On the standardisation of anti-typhoid vaccine - Number 21
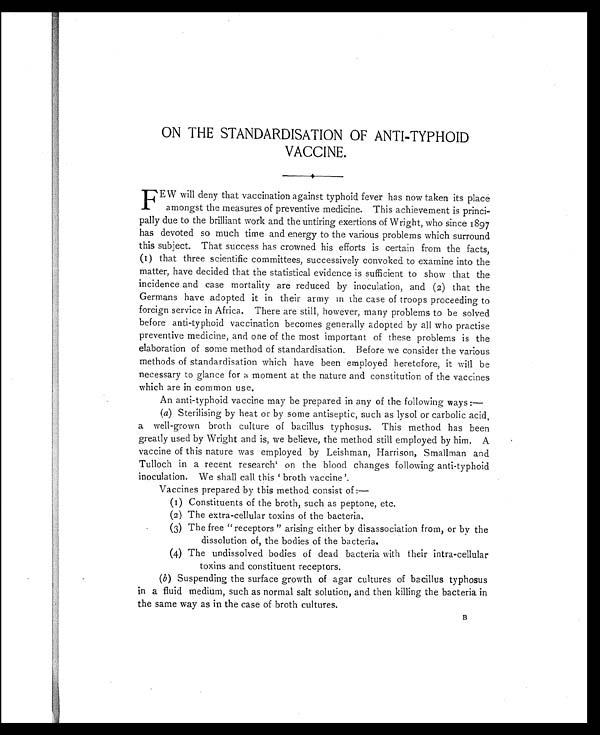
ON THE STANDARDISATION OF ANTI-TYPHOID
VACCINE.
FEW will deny that vaccination against typhoid fever has now taken its place
amongst the measures of preventive medicine. This achievement is princi-
pally due to the brilliant work and the untiring exertions of Wright, who since 1897
has devoted so much time and energy to the various problems which surround
this subject. That success has crowned his efforts is certain from the facts,
(1) that three scientific committees, successively convoked to examine into the
matter, have decided that the statistical evidence is sufficient to show that the
incidence and case mortality are reduced by inoculation, and (2) that the
Germans have adopted it in their army in the case of troops proceeding to
foreign service in Africa. There are still, however, many problems to be solved
before anti-typhoid vaccination becomes generally adopted by all who practise
preventive medicine, and one of the most important of these problems is the
elaboration of some method of standardisation. Before we consider the various
methods of standardisation which have been employed heretofore, it will be
necessary to glance for a moment at the nature and constitution of the vaccines
which are in common use.
An anti-typhoid vaccine may be prepared in any of the following ways:
—
(a) Sterilising by heat or by some antiseptic, such as lysol or carbolic acid,
a well-grown broth culture of bacillus typhosus. This method has been
greatly used by Wright and is, we believe, the method still employed by him. A
vaccine of this nature was employed by Leishman, Harrison, Smallman and
Tulloch in a recent research1on the blood changes following anti-typhoid
inoculation. We shall call this 'broth vaccine'.
Vaccines prepared by this method consist of:—
(1) Constituents of the broth, such as peptone, etc.
(2) The extra-cellular toxins of the bacteria.
(3) The free "receptors" arising either by disassociation from, or by the
dissolution of, the bodies of the bacteria.
(4) The undissolved bodies of dead bacteria with their infra-cellular
toxins and constituent receptors.
(b) Suspending the surface growth of agar cultures of bacillus typhosus
in a fluid medium, such as normal salt solution, and then killing the bacteria in
the same way as in the case of broth cultures.
B